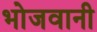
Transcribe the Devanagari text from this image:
भोजवानी